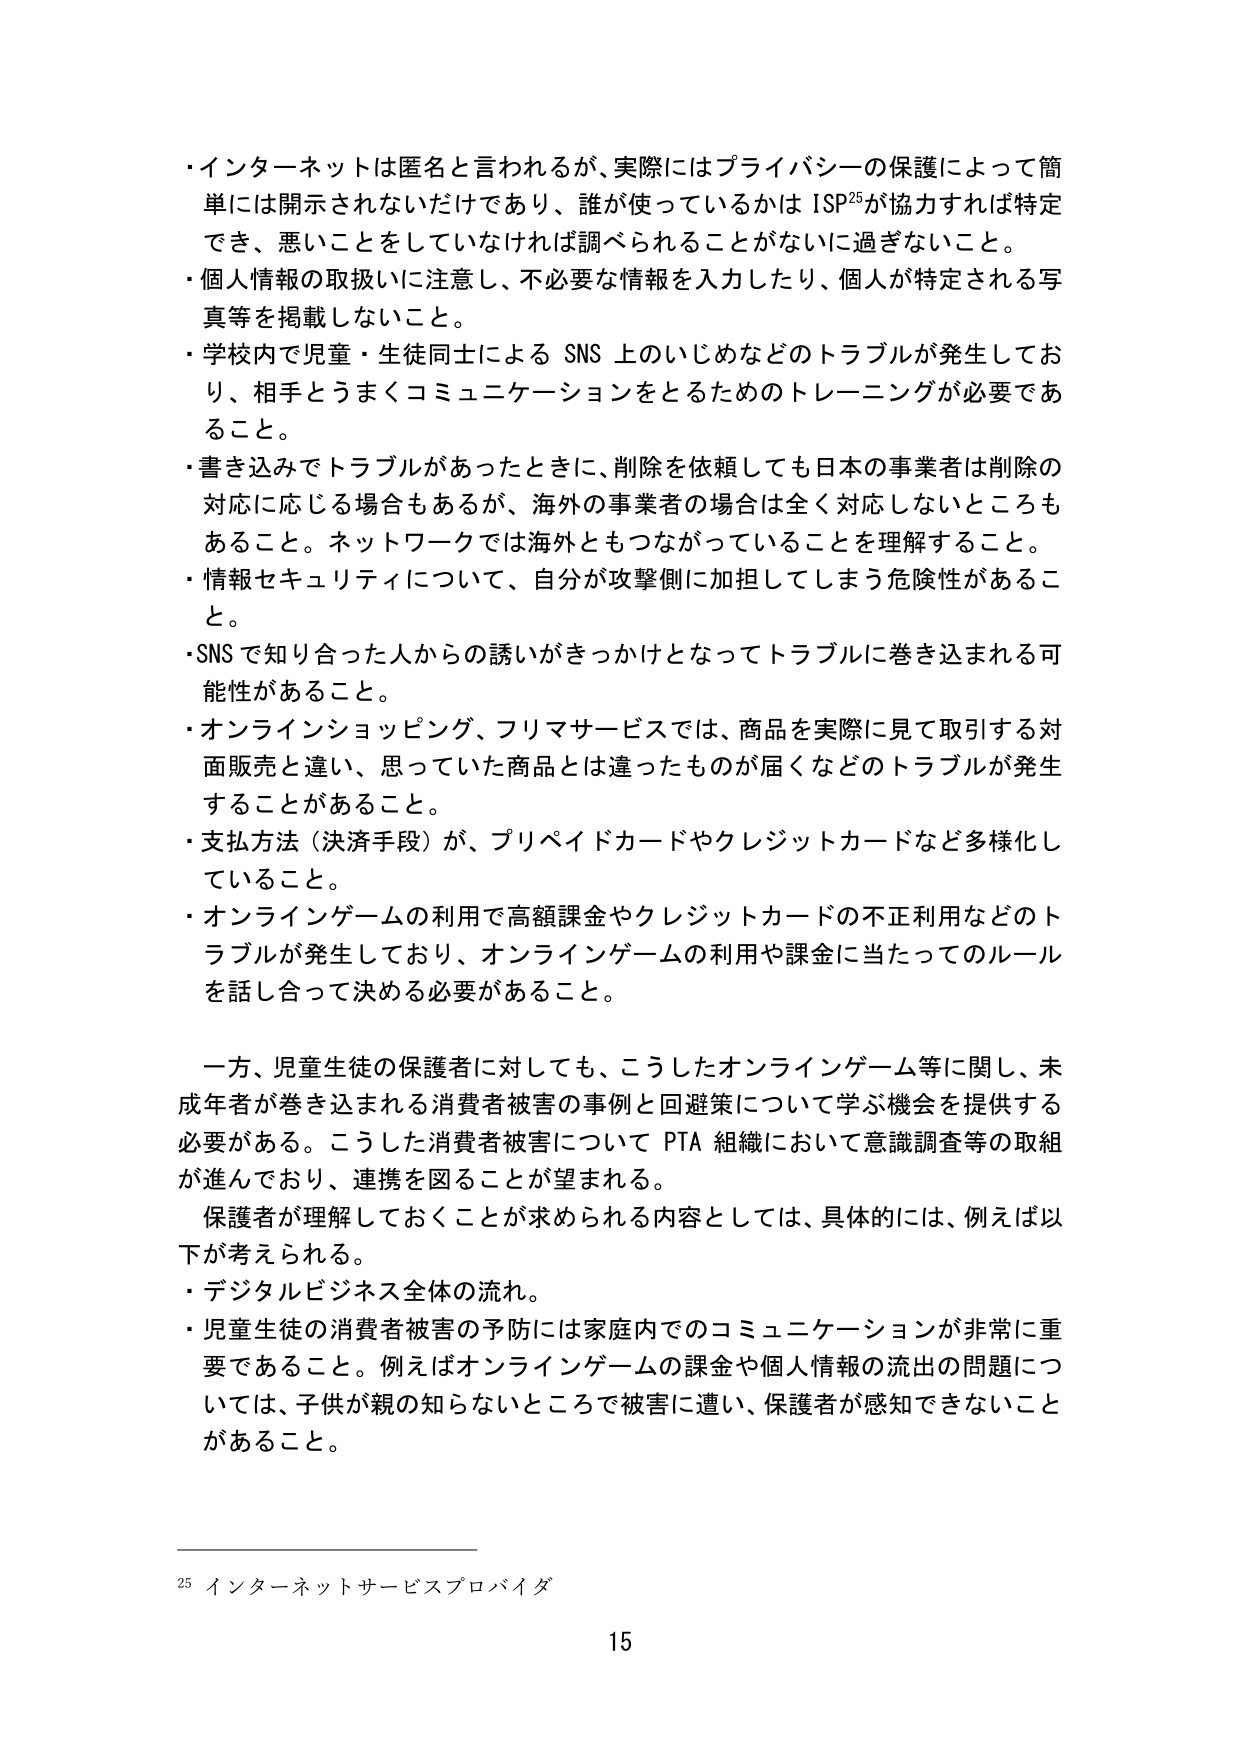
・インターネットは匿名と言われるが、実際にはプライバシーの保護によって簡単に開示されないだけであり、誰が使っているかは ISP²⁵が協力すれば特定でき、悪いことをしていなければ調べられることがないに過ぎないこと。
・個人情報の取扱いに注意し、不必要な情報を入力したり、個人が特定される写真等を掲載しないこと。
・学校内で児童・生徒同士による SNS 上のいじめなどのトラブルが発生しており、相手とうまくコミュニケーションをとるためのトレーニングが必要であること。
・書き込みでトラブルがあったときに、削除を依頼しても日本の事業者は削除の対応に応じる場合もあるが、海外の事業者の場合は全く対応しないところもあること。ネットワークでは海外ともつながっていることを理解すること。
・情報セキュリティについて、自分が攻撃側に加担してしまう危険性があること。
・SNS で知り合った人からの誘いがきっかけとなってトラブルに巻き込まれる可能性があること。
・オンラインショッピング、フリマサービスでは、商品を実際に見て取引する対面販売と違い、思っていた商品とは違ったものが届くなどのトラブルが発生することがあること。
・支払方法（決済手段）が、プリペイドカードやクレジットカードなど多様化していること。
・オンラインゲームの利用で高額課金やクレジットカードの不正利用などのトラブルが発生しており、オンラインゲームの利用や課金に当たってのルールを話し合って決める必要があること。

一方、児童生徒の保護者に対しても、こうしたオンラインゲーム等に関し、未成年者が巻き込まれる消費者被害の事例と回避策について学ぶ機会を提供する必要がある。こうした消費者被害について PTA 組織において意識調査等の取組が進んでおり、連携を図ることが望まれる。
保護者が理解しておくことが求められる内容としては、具体的には、例えば以下が考えられる。
・デジタルビジネス全体の流れ。
・児童生徒の消費者被害の予防には家庭内でのコミュニケーションが非常に重要であること。例えばオンラインゲームの課金や個人情報の流出の問題については、子供が親の知らないところで被害に遭い、保護者が感知できないことがあること。

²⁵ インターネットサービスプロバイダ
15